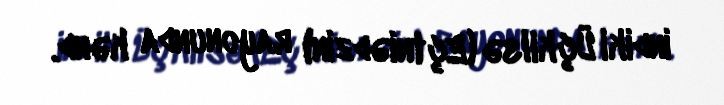
indiki Üçkilsə (Eçtniədzin) rayonunda kənd.